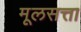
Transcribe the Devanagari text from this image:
मूलसत्ता